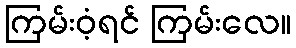
ကြမ်းဝံ့ရင် ကြမ်းလေ။